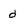
Character: d